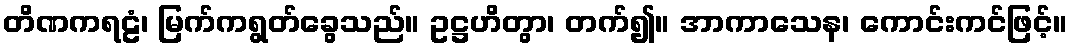
တိဏကရဠံ၊ မြက်ကရွတ်ခွေသည်။ ဥဋ္ဌဟိတွာ၊ တက်၍။ အာကာသေန၊ ကောင်းကင်ဖြင့်။